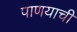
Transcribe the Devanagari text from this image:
पाणयाची